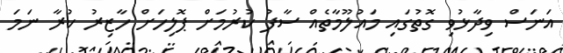
އަނަސް ވިދާޅުވި ގޮތުގައި މައުލޫމާތެއް ސާފު ކުރުމަށް ޕޮލިހަށް ހާޒިރު ކުރާ ނަމަ